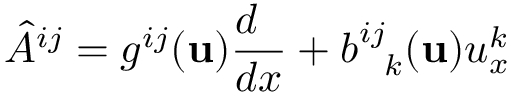
{ \hat { A } } ^ { i j } = g ^ { i j } ( { \bf u } ) { \frac { d \phantom { x } } { d x } } + b _ { \phantom { i j } k } ^ { i j } ( { \bf u } ) u _ { x } ^ { k }